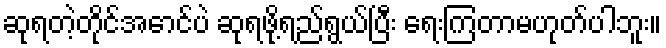
ဆုရတဲ့တိုင်အောင်ပဲ ဆုရဖို့ရည်ရွယ်ပြီး ရေးကြတာမဟုတ်ပါဘူး။